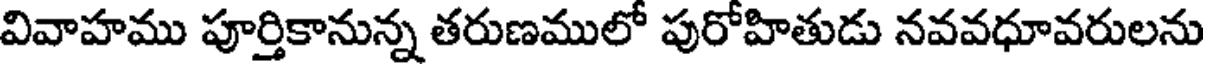
వివాహము పూర్తికానున్న తరుణములో పురోహితుడు నవవధూవరులను